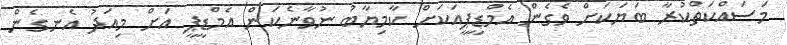
މަސައްކަތްކުރާ ބަޔަކަށް ވެގެން އެމްޑީޕީއަކަށް ކާމިޔާބު ނުވާނެކަން އެމްޑީޕީ އަށް މިއަދު އެނގެން